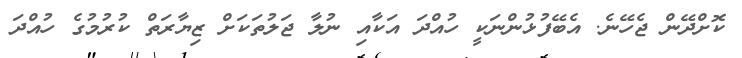
ކޮށްދޭން ޖެހޭނެ. އެބޭފުޅުންނަކީ ހުއްދަ އަަކާއި ނުލާ ޖަލުތަކަށް ޒިޔާރަތް ކުރުމުގެ ހުއްދަ